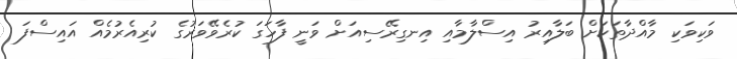
ވަކިވަކި މާއްދާތަކަށް ބަލާއިރު އިސްލާމާއި އިނގިރޭސިއަށް ވަނީ ފާހަގަ ކުރެވޭވަރުގެ ކުރިއެރުމެއް އައިސްފަ